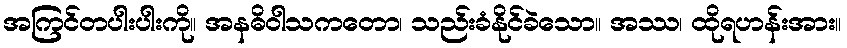
အကြင်တပါးပါးကို။ အနဓိဝါသကတော၊ သည်းခံနိုင်ခဲသော။ အဿ၊ ထိုရဟန်းအား။